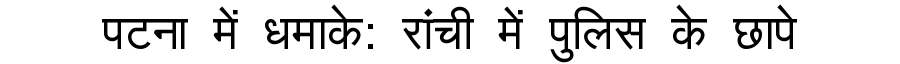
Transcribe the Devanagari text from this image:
पटना में धमाके: रांची में पुलिस के छापे